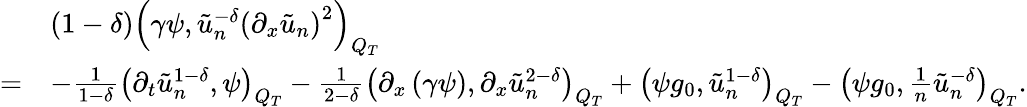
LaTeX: \begin{array}{rl}&{\left(1-\delta\right)\left(\gamma\psi,\tilde{u}_{n}^{-\delta}\left(\partial_{x}\tilde{u}_{n}\right)^{2}\right)_{Q_{T}}}\\ {=}&{-\frac{1}{1-\delta}\left(\partial_{t}\tilde{u}_{n}^{1-\delta},\psi\right)_{Q_{T}}-\frac{1}{2-\delta}\left(\partial_{x}\left(\gamma\psi\right),\partial_{x}\tilde{u}_{n}^{2-\delta}\right)_{Q_{T}}+\left(\psi g_{0},\tilde{u}_{n}^{1-\delta}\right)_{Q_{T}}-\left(\psi g_{0},\frac{1}{n}\tilde{u}_{n}^{-\delta}\right)_{Q_{T}}.}\end{array}